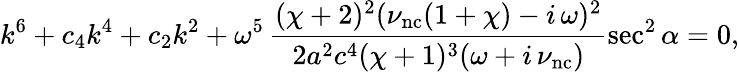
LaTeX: k^{6}+c_{4}k^{4}+c_{2}k^{2}+\omega^{5}\, \frac{(\chi+2)^{2}(\nu_{\mathrm{nc}}(1+\chi)-i\, \omega)^{2}}{2a^{2}c^{4}(\chi+1)^{3}(\omega+i\, \nu_{\mathrm{nc}})}\sec^{2}\alpha=0,